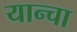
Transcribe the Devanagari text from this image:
यान्चा